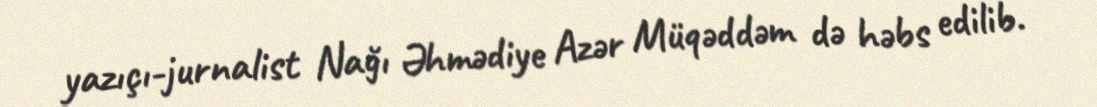
yazıçı-jurnalist Nağı Əhmədiye Azər Müqəddəm də həbs edilib.